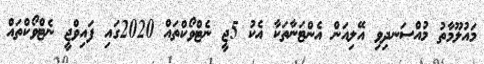
މައުލޫމާތު މުއްސަނދިވި އޭލިއަން އެންޓަނާތަކާ އެކު 5ޖީ ނެޓްވޯކްތައް 2020ގައި ފައިވްޖީ ނެޓްވޯކްތައް